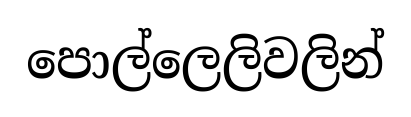
පොල්ලෙලිවලින්